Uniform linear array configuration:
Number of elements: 24
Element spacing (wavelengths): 0.75
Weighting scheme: binomial
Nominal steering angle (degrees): -30
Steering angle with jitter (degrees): -30.198
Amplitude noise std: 0.05
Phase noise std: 0.05

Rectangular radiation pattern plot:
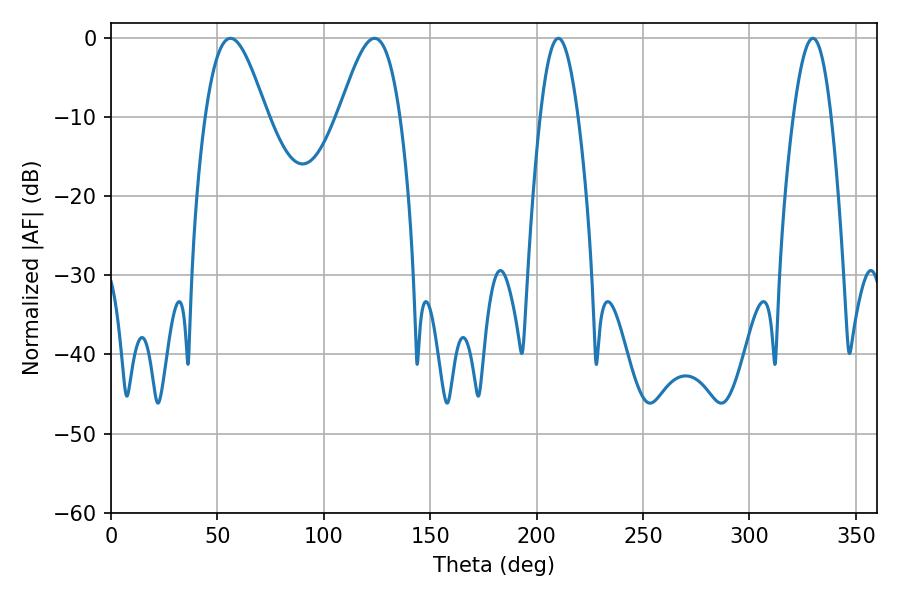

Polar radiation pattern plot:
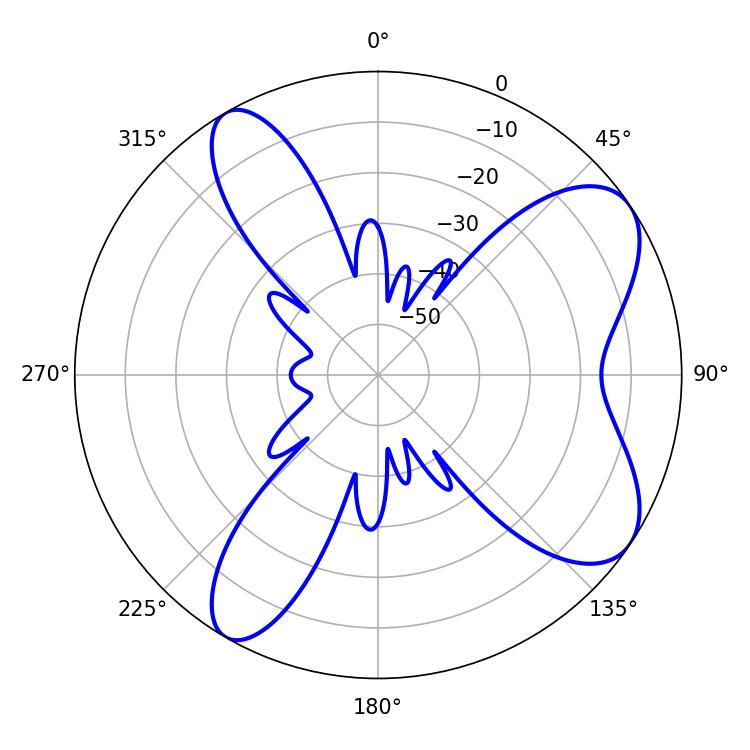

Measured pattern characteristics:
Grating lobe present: TRUE
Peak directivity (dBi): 7.869
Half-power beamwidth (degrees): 15.3
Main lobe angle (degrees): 56.16